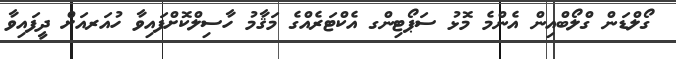
ގޯލްޑަން ގްލޯބްއިން އެންމެ މޮޅު ސަޕޯޓިންގ އެކްޓަރެއްގެ މަޤާމު ހާސިލްކޮށްފައިވާ ހުއަރއަށް ދީފައިވާ